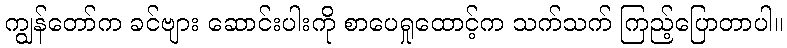
ကျွန်တော်က ခင်ဗျား ဆောင်းပါးကို စာပေရှုထောင့်က သက်သက် ကြည့်ပြောတာပါ။